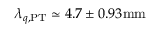
\lambda _ { q , \mathrm { { P T } } } \simeq 4 . 7 \pm 0 . 9 3 \mathrm { { m m } }